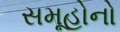
સમૂહોનો